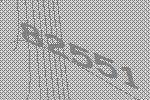
82551